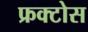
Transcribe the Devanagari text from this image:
फ्रक्टोस